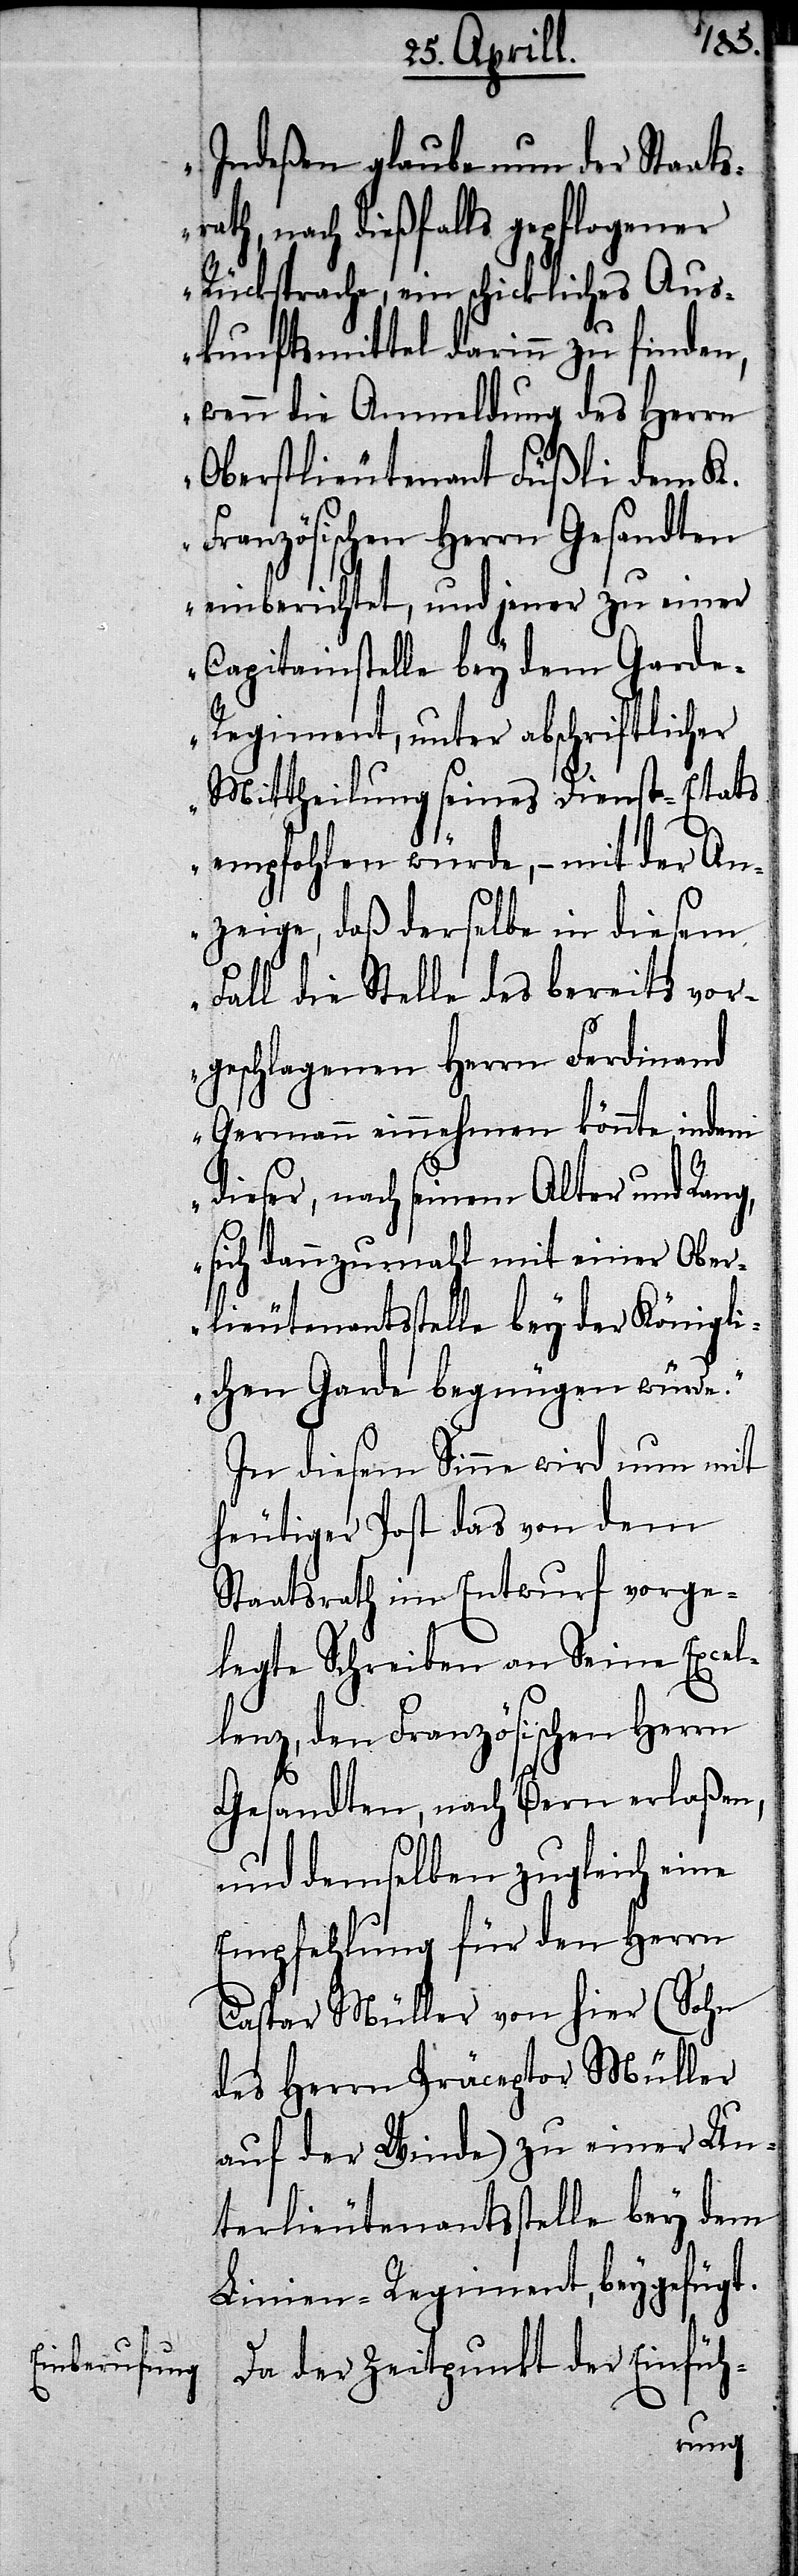
Indeßen glaube nun der Staatsr¬
ath, nach dießfalls gepflogener
Rücksprache, ein schickliches Aus¬
kunftsmittel darinn zu finden,
wenn die Anmeldung des Herrn
Oberstlieutenant Füßli dem K.
Französischen Herrn Gesandten
einberichtet, und jener zu einer
Capitainsstelle bey dem Gard¬
e-Regiment, unter abschriftlicher
Mittheilung seines Dienst-Etats
empfohlen würde,– mit der An¬
zeige, daß derselbe in diesem
Fall die Stelle des bereits vor¬
geschlagenen Herrn Ferdinand
Germann einnehmen könnte, indem
dieser, nach seinem Alter und Rath
sich dannzumahl mit einer Ober¬
lieutenantsstelle bey der Königli¬
chen Garde begnügen würde.“
In diesem Sinne wird nun mit
heutigen Post das von dem
Staatsrath im Entwurf vorge¬
legte Schreiben an Seine Excel¬
lenz, den Französischen Herrn
Gesandten, nach Bern erlaßen,
und demselben zugleich eine
Empfehlung für den Herrn
Caspar Müller von hier (Sohn
des Herrn Präceptor Müller
auf der Winde) zu einer Un¬
terlieutenantsstelle bey dem
Linien-Regiment, beygefügt.
Da der Zeitpunkt der Einfüh-